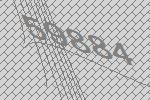
59884